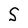
Character: S